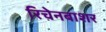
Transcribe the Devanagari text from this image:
रिचेनबाशर